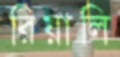
রিয়ালি